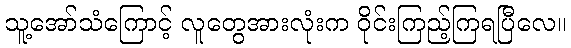
သူ့အော်သံကြောင့် လူတွေအားလုံးက ဝိုင်းကြည့်ကြရပြီလေ။